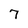
Character: 7